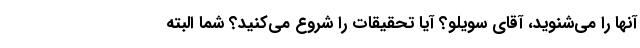
آنها را می‌شنوید، آقای سویلو؟ آیا تحقیقات را شروع می‌کنید؟ شما البته